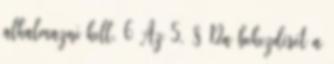
alkalmazni kell. 6 Az 5. § 12a bekezdését a